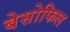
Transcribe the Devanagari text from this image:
बेसोफिल